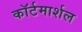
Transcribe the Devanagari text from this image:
काॅर्टमार्शल